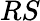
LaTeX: RS